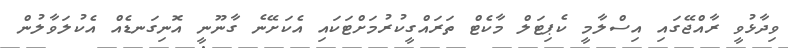
ވިދާޅުވީ ރާއްޖޭގައި އިސްލާމީ ކެޕިޓަލް މާކެޓް ތަރައްގީކުރުމަށްޓަކައި އެކަށޭނެ ގާނޫނީ އޮނިގަނޑެއް އެކުލަވާލުން